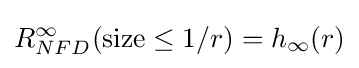
R_{NFD}^{\infty }({\text{size}}\leq 1/r)=h_{\infty }(r)